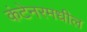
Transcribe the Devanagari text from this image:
कंटेनरमधील